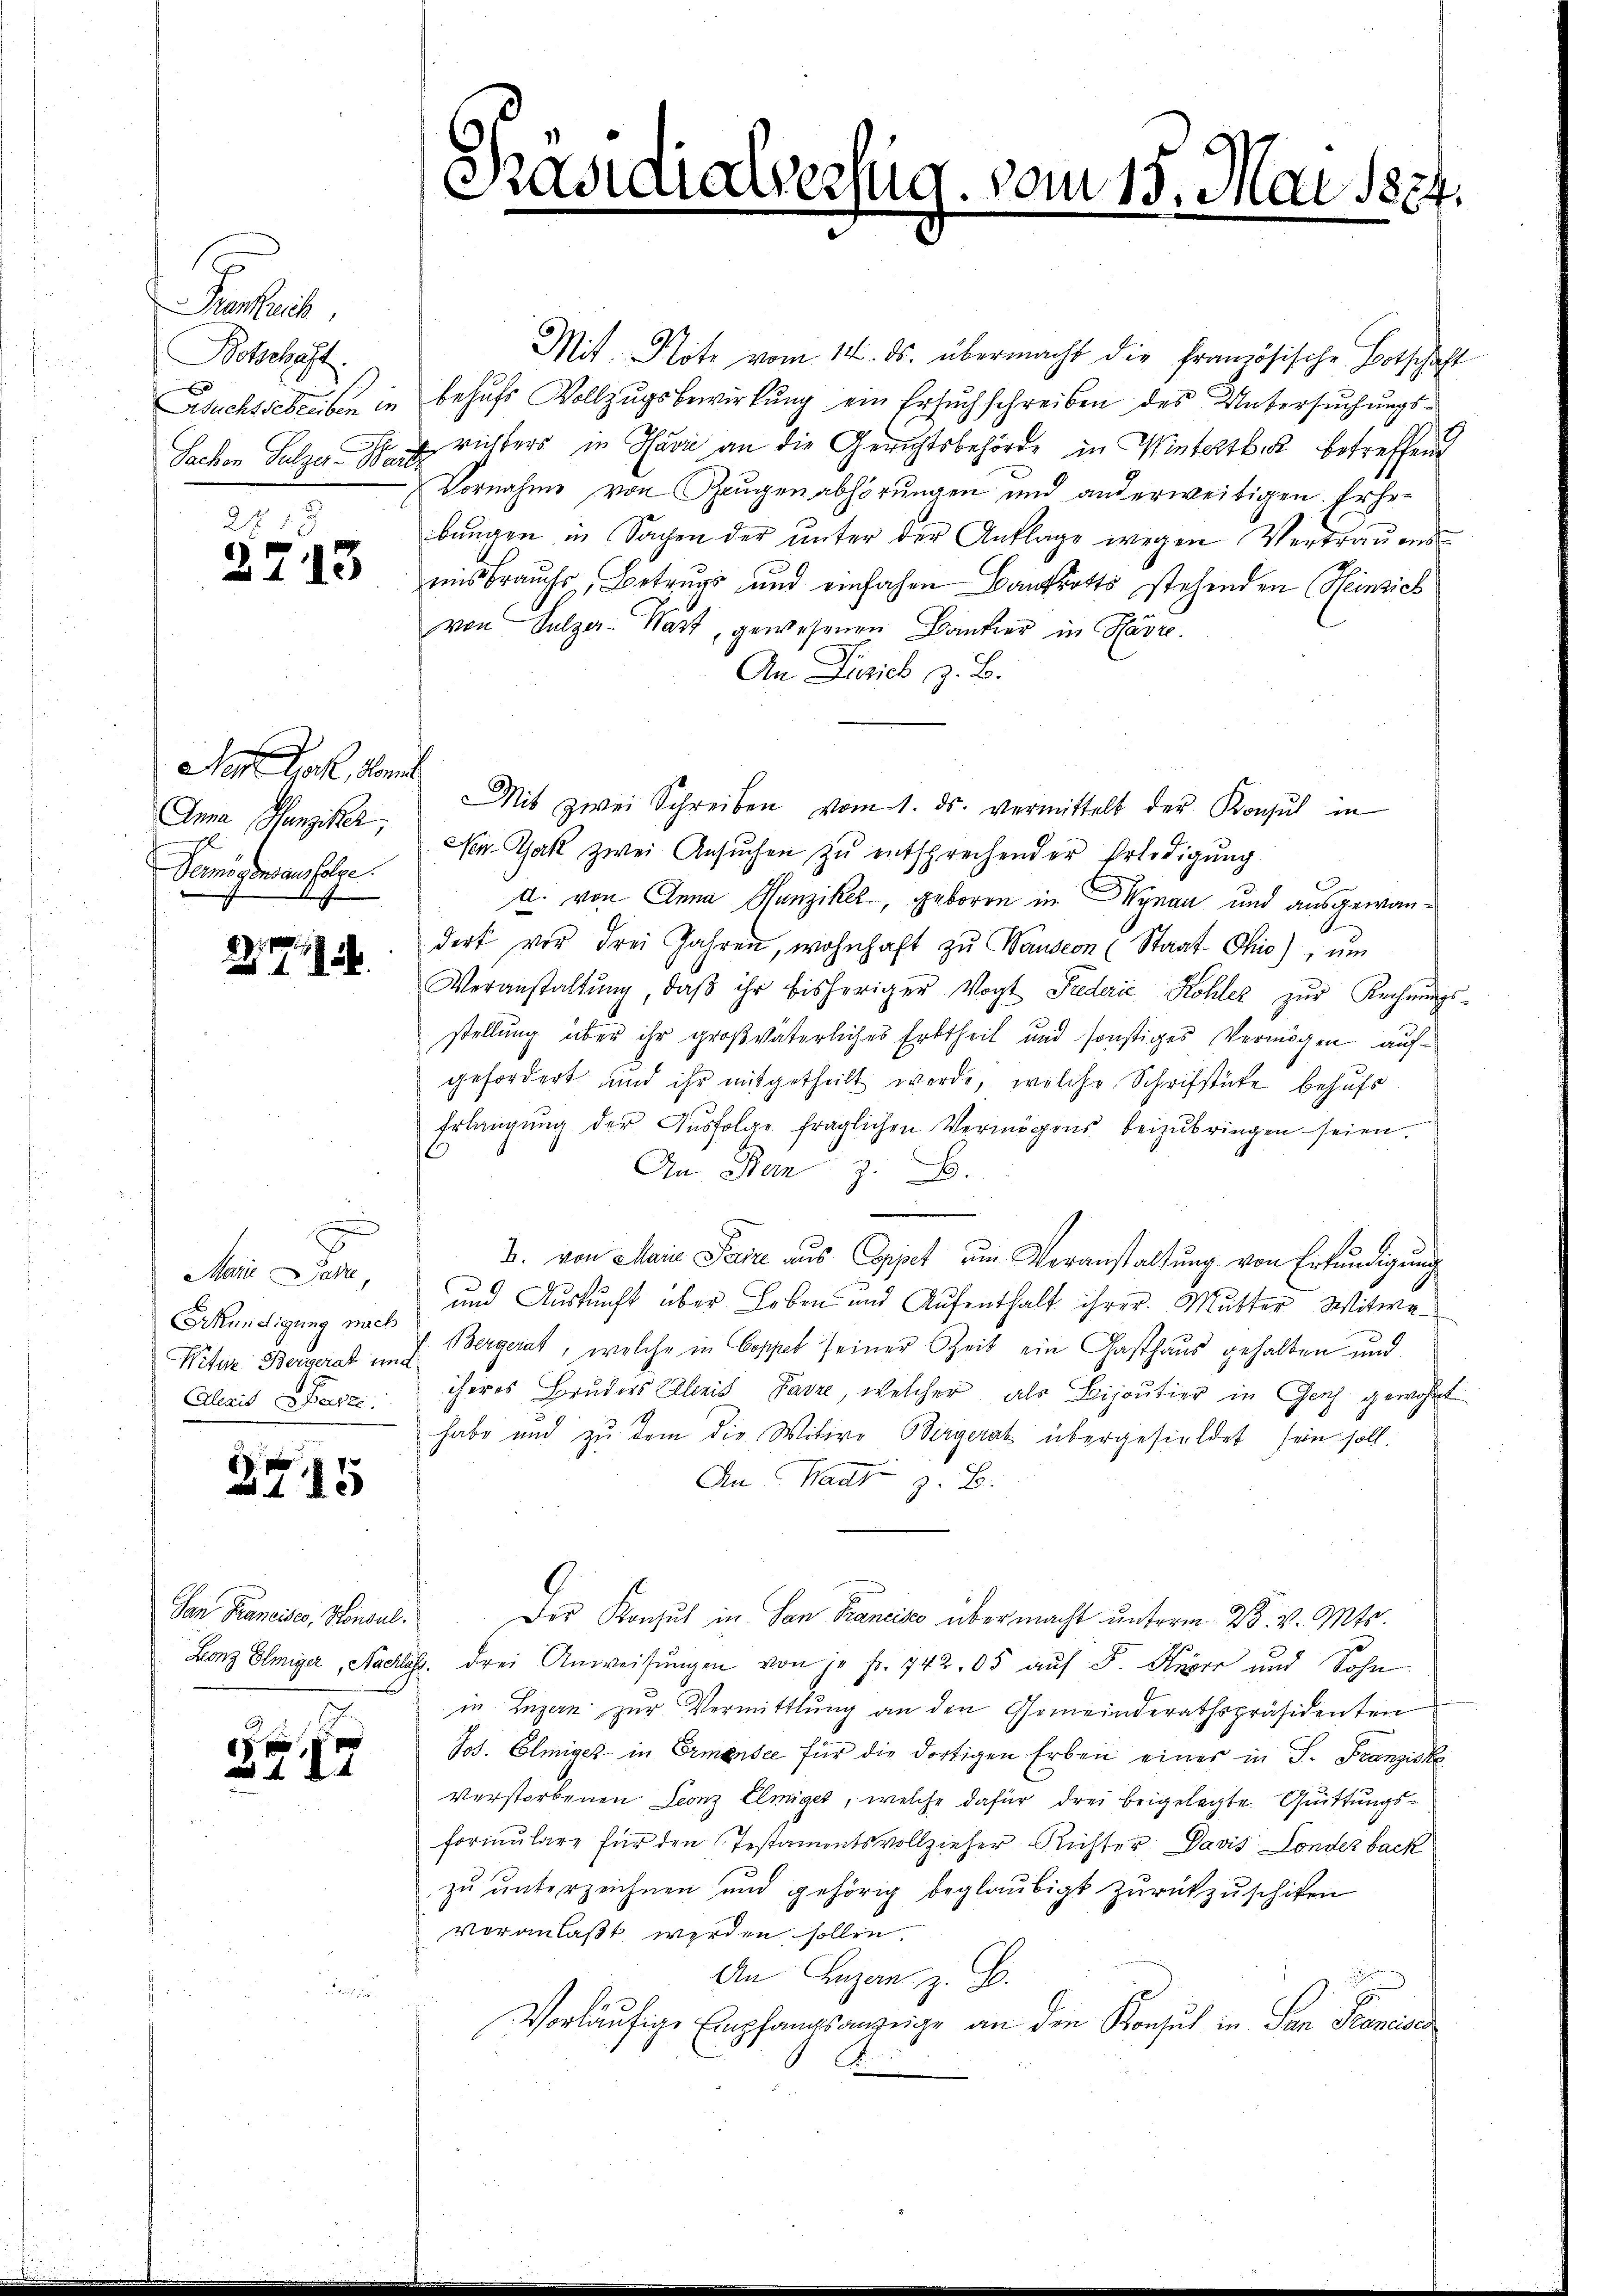
Proreck
Botschaft.

22 18
2713

Der Jak. Sonnt
Anna Hunziker,
.
Vermögensausfolge

275

Arkündigung nach

2715

San Franeises, Konsul

847

s

Präsi

unterzug.

vom 15. Mai 1824.
e

Mit Klote vom 14. ds. übermacht die französische Botschaft
Bsuchssebleiben in behufs Vollzugsbewirkung ein Ersuchschreiben des Untersuchungs¬
Sachen Sulzer der richters in Havre an die Gerichtsbehörde in Winterbeck betreffend
Vornahme von Zeugenabhörungen und anderweitigen. Erhebungen in Sachen der unter der Anklage wegen Vertrauend
misbrauchs, Betrugs und einfahen Bankrotts stehenden Heinsich
von Salza-Wart, gewesenen Bankier in Havre.
An Dirsich z. B.
Mit zwei Schreiben vom 1. ds. vermittelt der Konsul in
NGak zwei Ansuchen zu entsprechender Erledigung
d. von Anna Hunziker, geboren in Wynau und ausgewandort vor drei Jahren, wohnhaft zŭ Wausern (Staat Ohio), ŭm
Veranstaltŭng, daβ ihr bisheriger Vogt Fuderie Kohler zŭr Rechnŭngs-
stellung über ihr großväterliches Erbtheil und sonstiges Vermögen aufgefordert und ihr mitgetheilt werde, welche Schriftüte behufs
Erlangŭng der Aŭsfolge fraglichen Vermögens beizŭbringen seien.
An Stan z. B.
3. von Maie Parze aus Appet um Veranstaltung von Erkundigung
und Auskunft über Leben und Aufenthalt ihrer Mutter Witwe
Nitere Bergerat im J. Bergerat, welche in Coppel seiner Zeit ein Gasthaus gehalten und
Alexit es ihres Bruders Eleis Favre, welcher als Bijoutier in Genf gewohnt
habe und zu dem die Witwe Bergerat übergesieldet sein soll.
An Wadt z. B.
Der Konsul in San Francise über macht unterm 23. v. Mts.
Lonz Elmiger, Nachlas drei Anweisŭngen von 10 Fr. 742,05 auf S. Kever und Sohn
in Luzern zur Vermittlung an den Gemeinderathspräsidenten
Jos. Elmiger in Ermensee für die dortigen Erben eines in P. Franziske
verstorbenen Leonz Elmiget, welche dafür drei beigelegte Quittungsformulare für den Testamentsvollzieher Richter. Davis Sonder back
zŭ ŭnterzeichnen und gehörig beglaubigt zŭrückzuschicken
veranlaßt werden sollen.
An Luzern z. B.
Vorläufige Empfangsanzeige an den Konsul in San Francie